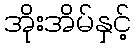
အိုးအိမ်နှင့်